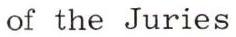
of the Juries